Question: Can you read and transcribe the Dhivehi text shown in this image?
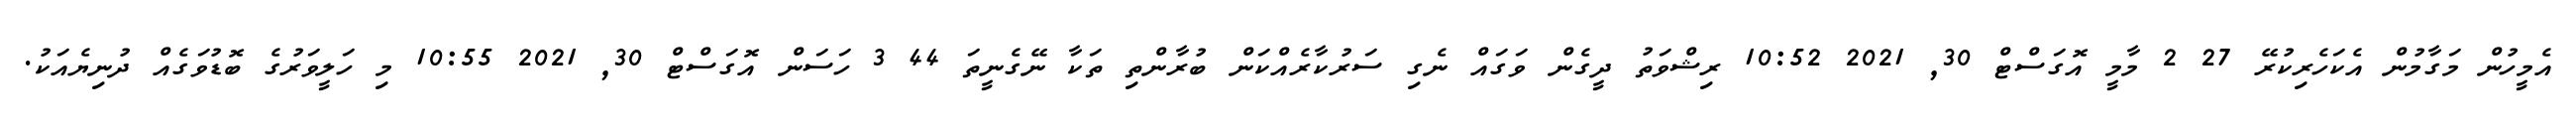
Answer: އެމީހުން މަގާމުން އެކަހެރިކުރޭ 27 2 މާމީ އޮގަސްޓް 30, 2021 10:52 ރިޝްވަތު ދީގެން ވަގައް ނެގި ސަރުކާރެއްކަން ބުރާންތި ތަކާ ނޭގެނީތަ 44 3 ހަސަން އޮގަސްޓް 30, 2021 10:55 މި ހަލީވަރުގެ ބޮޑުވަގެއް ދުނިޔެއަކު.